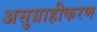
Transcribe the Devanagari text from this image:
असुग्राहीकरण